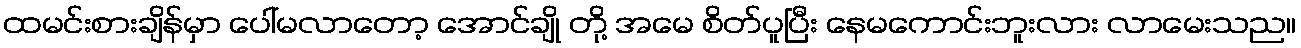
ထမင်းစားချိန်မှာ ပေါ်မလာတော့ အောင်ချို တို့ အမေ စိတ်ပူပြီး နေမကောင်းဘူးလား လာမေးသည။